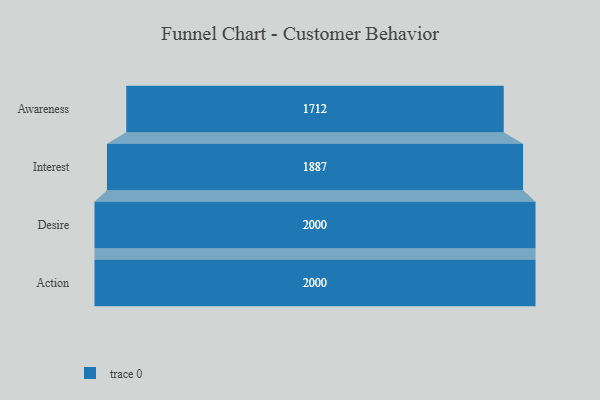
{"axis": {"x": "Stage", "y": "Value"}, "legend": [""], "data": [{"x": "Awareness", "y": 1712.0, "type": ""}, {"x": "Interest", "y": 1887.0, "type": ""}, {"x": "Desire", "y": 2000, "type": ""}, {"x": "Action", "y": 2000, "type": ""}]}